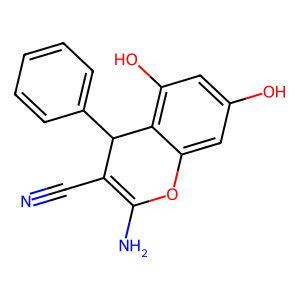
SMILES: N#CC1=C(N)Oc2cc(O)cc(O)c2C1c1ccccc1
Inhibits HIV replication: No